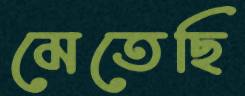
মেতেছি